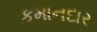
કમાનદાર